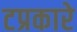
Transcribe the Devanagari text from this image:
टप्रकारे